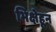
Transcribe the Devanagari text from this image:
भिक्षेहून